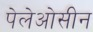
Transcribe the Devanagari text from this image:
पेलेओसीन